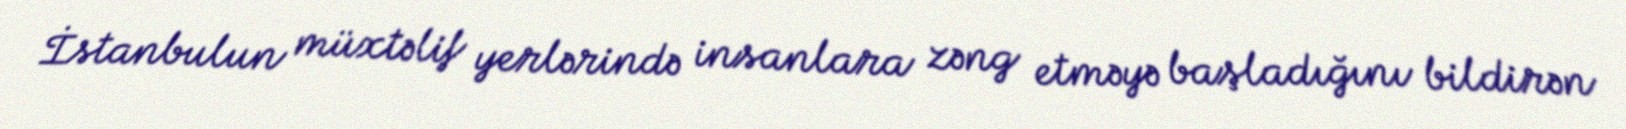
İstanbulun müxtəlif yerlərində insanlara zəng etməyə başladığını bildirən